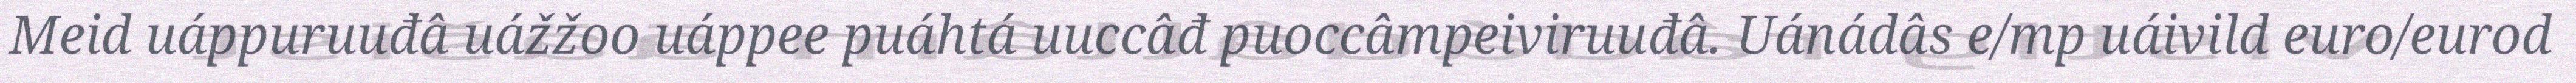
Meid uáppuruuđâ uážžoo uáppee puáhtá uuccâđ puoccâmpeiviruuđâ. Uánádâs e/mp uáivild euro/eurod